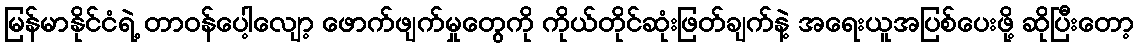
မြန်မာနိုင်ငံရဲ့ တာဝန်ပေါ့လျော့ ဖောက်ဖျက်မှုတွေကို ကိုယ်တိုင်ဆုံးဖြတ်ချက်နဲ့ အရေးယူအပြစ်ပေးဖို့ ဆိုပြီးတော့